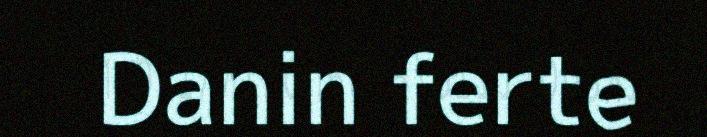
Danin ferte